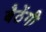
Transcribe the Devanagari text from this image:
बैठेंगी